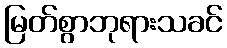
မြတ်စွာဘုရားသခင်